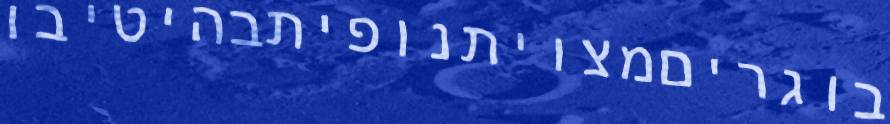
בוגריםמצויתנופיתבהיטיבו